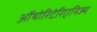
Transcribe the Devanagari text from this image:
ऑथोरिटेरिएनिज्म